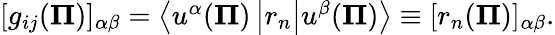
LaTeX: \begin{array}{r}{[g_{ij}({\mathbf\Pi})]_{\alpha\beta}=\left<u^{\alpha}({\mathbf\Pi})\vphantom{r_{n}}\vphantom{u^{\beta}({\mathbf\Pi})}\left|r_{n}\vphantom{u^{\alpha}({\mathbf\Pi})}\vphantom{u^{\beta}({\mathbf\Pi})}\right|u^{\beta}({\mathbf\Pi})\vphantom{u^{\alpha}({\mathbf\Pi})}\vphantom{r_{n}}\right>\equiv[r_{n}({\mathbf\Pi})]_{\alpha\beta}.}\end{array}